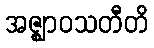
အဇ္ဈာဝသတီတိ